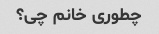
چطوری خانم چی؟